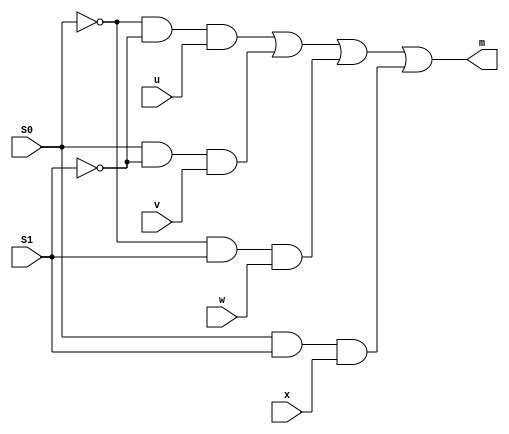
module mux_4_1_1_bit(
	input u, v, w, x, S1, S0,
	output m);
	
	assign m = (~S0 & ~S1 & u) | (S0 & ~S1 &v) | (~S0 & S1 & w) | (S0 & S1 & x);
	
endmodule